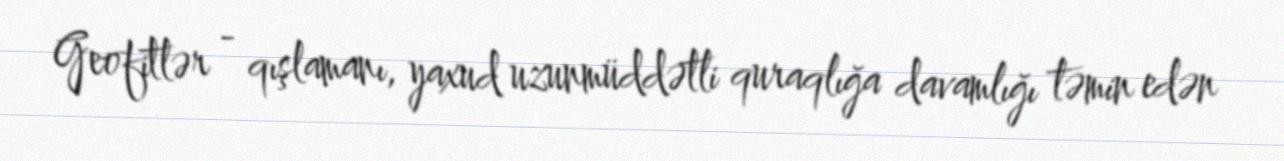
Geofitlər - qışlamanı, yaxud uzunmüddətli quraqlığa davamlığı təmin edən